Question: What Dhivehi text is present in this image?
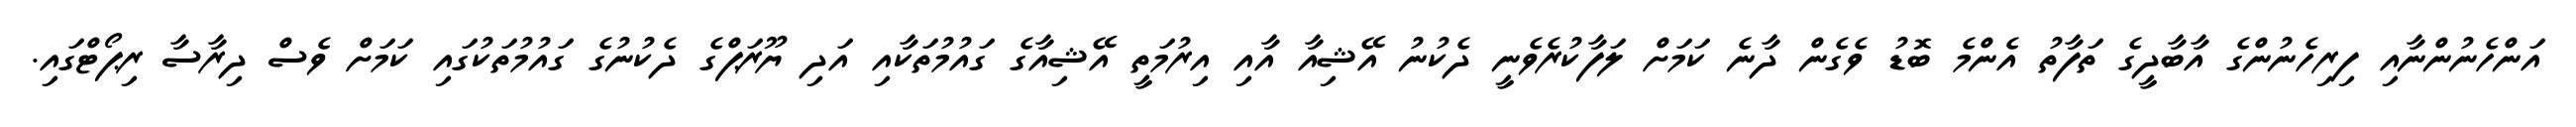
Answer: އަންހެނުންނާއި ފިރިހެނުންގެ އާބާދީގެ ތަފާތު އެންމެ ބޮޑު ވެގެން ދާނެ ކަމަށް ލަފާކުރެވެނީ ދެކުނު އޭޝިއާ އާއި އިރުމަތީ އޭޝިއާގެ ގައުމުތަކާއި އަދި ޔޫރަޕްގެ ދެކުނުގެ ގައުމުތަކުގައި ކަމަށް ވެސް ދިރާސާ ރިޕޯޓްގައި.